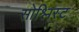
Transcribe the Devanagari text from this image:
सोश्लिस्ट